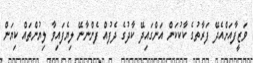
ވަޒީފާއަށްއެދޭ ފަރާތުގެ ކާކުކަން އަންގައިދޭ ކާދުގެ ދެފުއް ފެންނާނޭ ލިޔެފައިވާ ލިޔުންތައް ކިޔަން